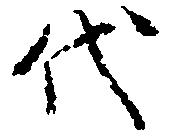
代